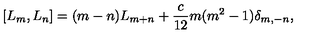
[ L _ { m } , L _ { n } ] = ( m - n ) L _ { m + n } + { \frac { c } { 1 2 } } m ( m ^ { 2 } - 1 ) \delta _ { m , - n } ,